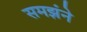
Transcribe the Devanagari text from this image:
समझंने